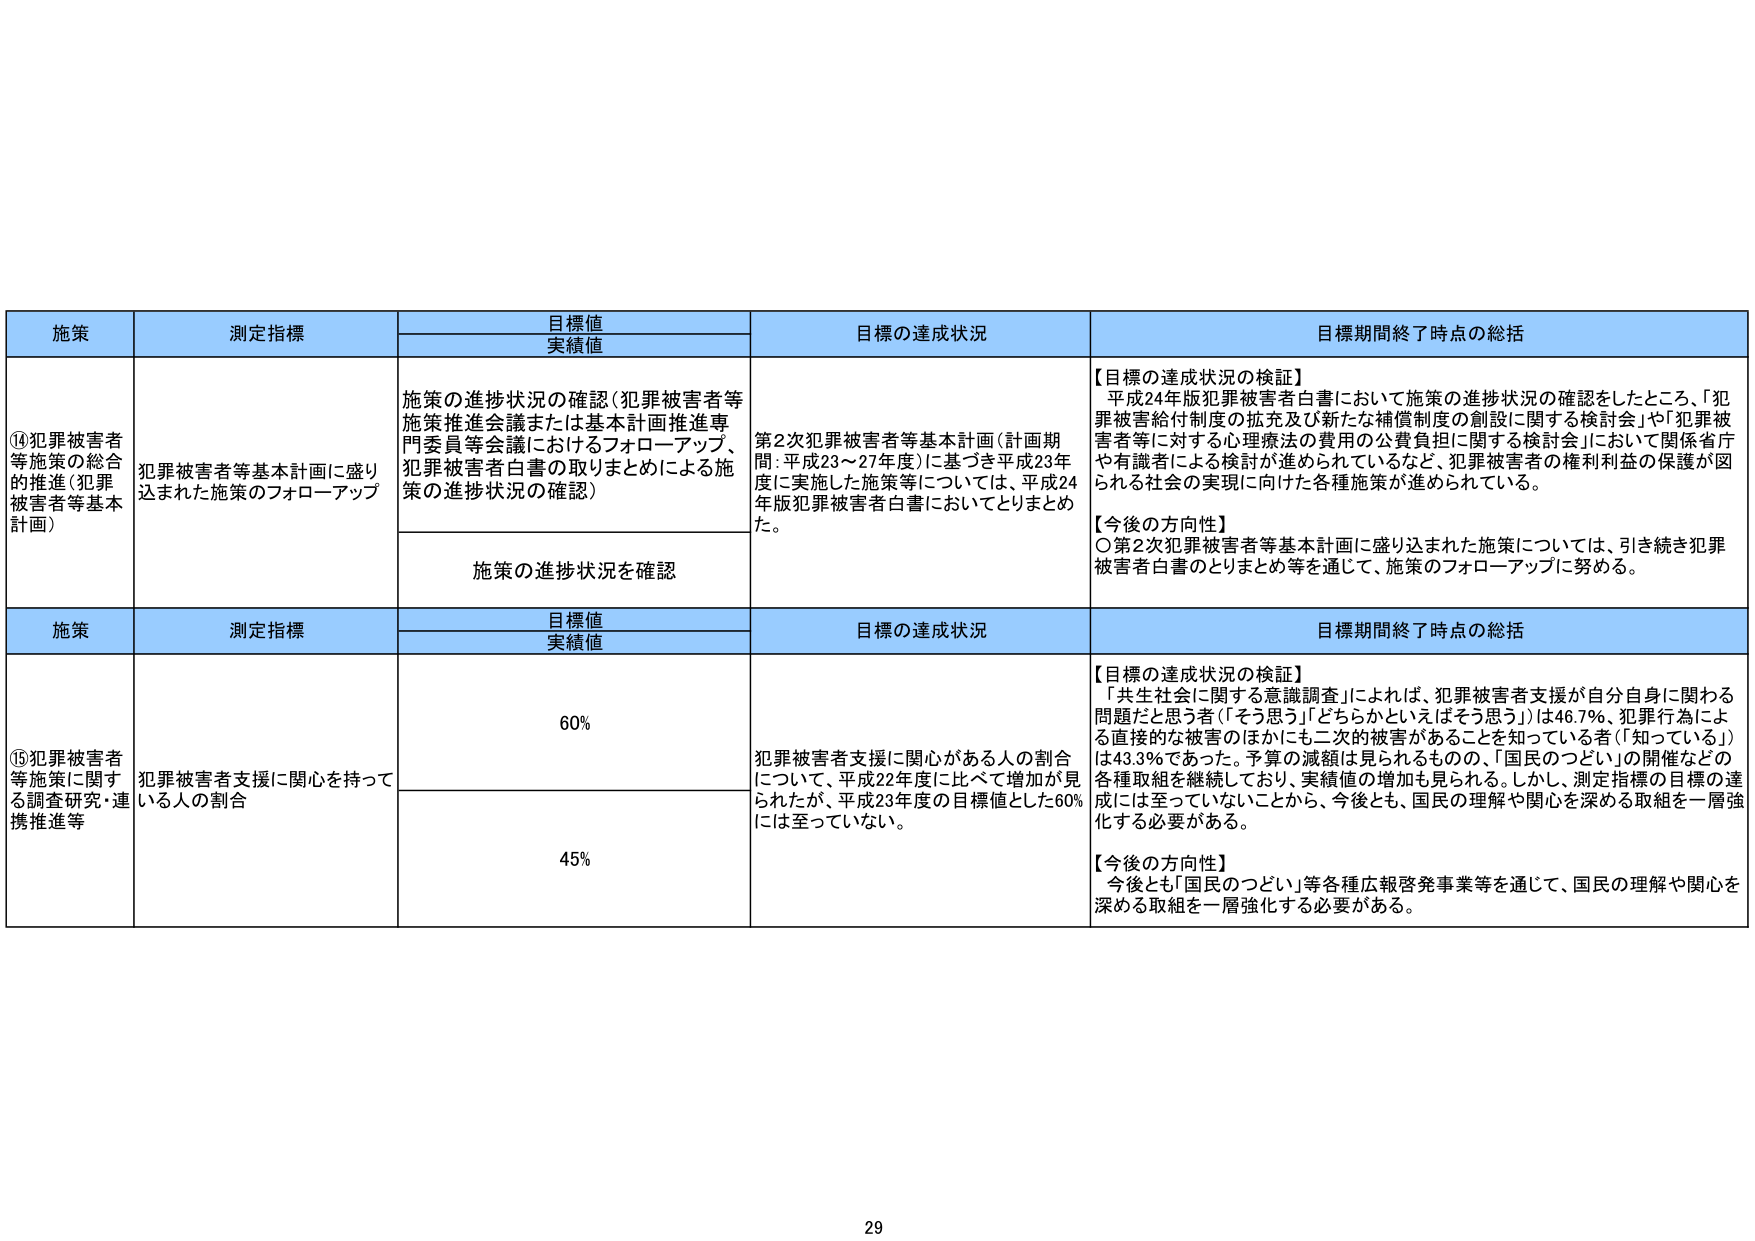
施策 測定指標 目標値 実績値 目標の達成状況 目標期間終了時点の総括 ⑭犯罪被害者等施策の総合的推進（犯罪被害者等基本計画） 犯罪被害者等基本計画に盛り込まれた施策のフォローアップ 施策の進捗状況の確認（犯罪被害者等施策推進会議または基本計画推進専門委員等会議におけるフォローアップ、犯罪被害者白書の取りまとめによる施策の進捗状況の確認） 第2次犯罪被害者等基本計画（計画期間：平成23～27年度）に基づき平成23年度に実施した施策等については、平成24年版犯罪被害者白書においてとりまとめた。 【目標の達成状況の検証】 平成24年版犯罪被害者白書において施策の進捗状況の確認をしたところ、「犯罪被害給付制度の拡充及び新たな補償制度の創設に関する検討会」や「犯罪被害者等に対する心理療法の費用の公費負担に関する検討会」において関係省庁や有識者による検討が進められているなど、犯罪被害者の権利利益の保護が図られる社会の実現に向けた各種施策が進められている。 【今後の方向性】 ○第2次犯罪被害者等基本計画に盛り込まれた施策については、引き続き犯罪被害者白書のとりまとめ等を通じて、施策のフォローアップに努める。 施策 測定指標 目標値 実績値 目標の達成状況 目標期間終了時点の総括 ⑮犯罪被害者等施策に関する調査研究・連携推進等 犯罪被害者支援に関心を持っている人の割合 60% 犯罪被害者支援に関心がある人の割合について、平成22年度に比べて増加が見られたが、平成23年度の目標値とした60%には至っていない。 【目標の達成状況の検証】 「共生社会に関する意識調査」によれば、犯罪被害者支援が自分自身に関わる問題だと思う者（「そう思う」「どちらかといえばそう思う」）は46.7%、犯罪行為による直接的な被害のほかにも二次的被害があることを知っている者（「知っている」）は43.3%であった。予算の減額は見られるものの、「国民のつどい」の開催などの各種取組を継続しており、実績値の増加も見られる。しかし、測定指標の目標の達成には至っていないことから、今後とも、国民の理解や関心を深める取組を一層強化する必要がある。 【今後の方向性】 今後とも「国民のつどい」等各種広報啓発事業等を通じて、国民の理解や関心を深める取組を一層強化する必要がある。 45% 29